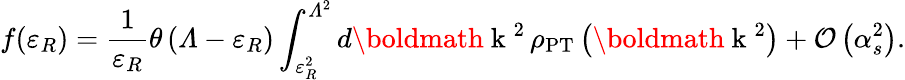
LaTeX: f(\varepsilon_{R})=\frac{1}{\varepsilon_{R}}\theta\left({\mit\Lambda}-\varepsilon_{R}\right)\int_{\varepsilon_{R}^{2}}^{{\mit\Lambda}^{2}}d\mathrm{\boldmath~k~}{}^{2}\, \rho_{\mathrm{PT}}\left(\mathrm{\boldmath~k~}{}^{2}\right)+{\cal O}\left(\alpha_{s}^{2}\right).